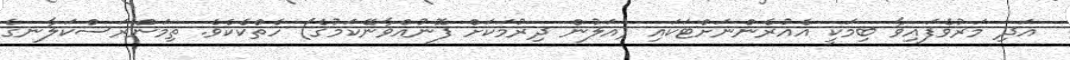
އަދި މަރުވެފައިވާ ބިމަކީ އެއުރެންނަށްޓަކައި (އަލުން ދިރުމަކަށް ފޮނުއްވާނޭކަމުގެ) ހެތްކެކެވެ. ތިމަންރަސްކަލާނގެ